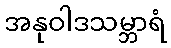
အနုဝါဒသမ္ဘာရံ